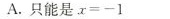
A.只能是$$x = - 1$$